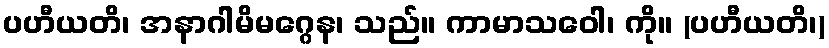
ပဟီယတိ၊ အနာဂါမိမဂ္ဂေန၊ သည်။ ကာမာသဝေါ၊ ကို။ (ပဟီယတိ၊)